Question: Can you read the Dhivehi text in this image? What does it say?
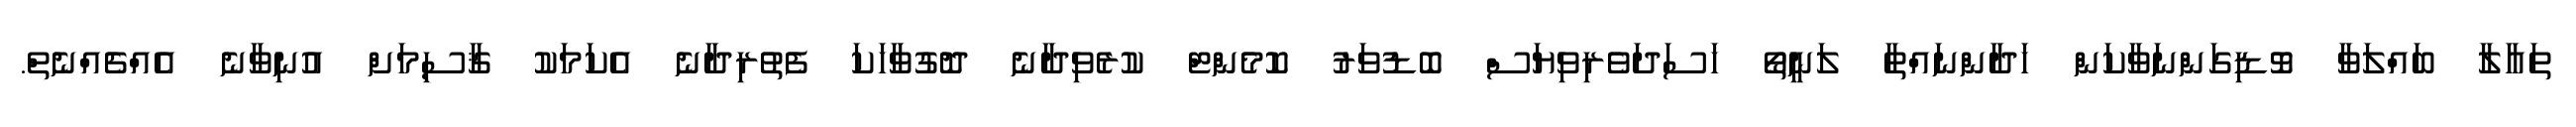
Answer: ތައާލާ ބައްލަވާ ވޮޑިގަންނަވާކަން ހަދާންނައްތާ ލަނީތޯ ހަސަދަވެރިވިޔަސް ބޮޑުވަރު ކޮމެންޓް ކުރެވިދާނެ ދޮގުވާހަކަ ފެތުރިދާނެ އެކަމަކު ޤާސިމަށް އުނިވާނެ އެއްޗެއްނެތް.